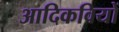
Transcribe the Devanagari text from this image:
आदिकवियों